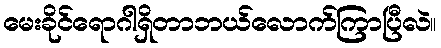
မေးခိုင်ရောဂါရှိတာဘယ်လောက်ကြာပြီလဲ။